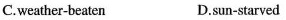
C.weather-beaten D.sun-starved